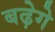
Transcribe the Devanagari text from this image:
बढ़ेगे